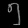
Digit: ၅